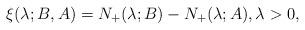
LaTeX: \begin{align*}\xi(\lambda;B,A)=N_+(\lambda;B)-N_+(\lambda;A), \lambda>0,\end{align*}